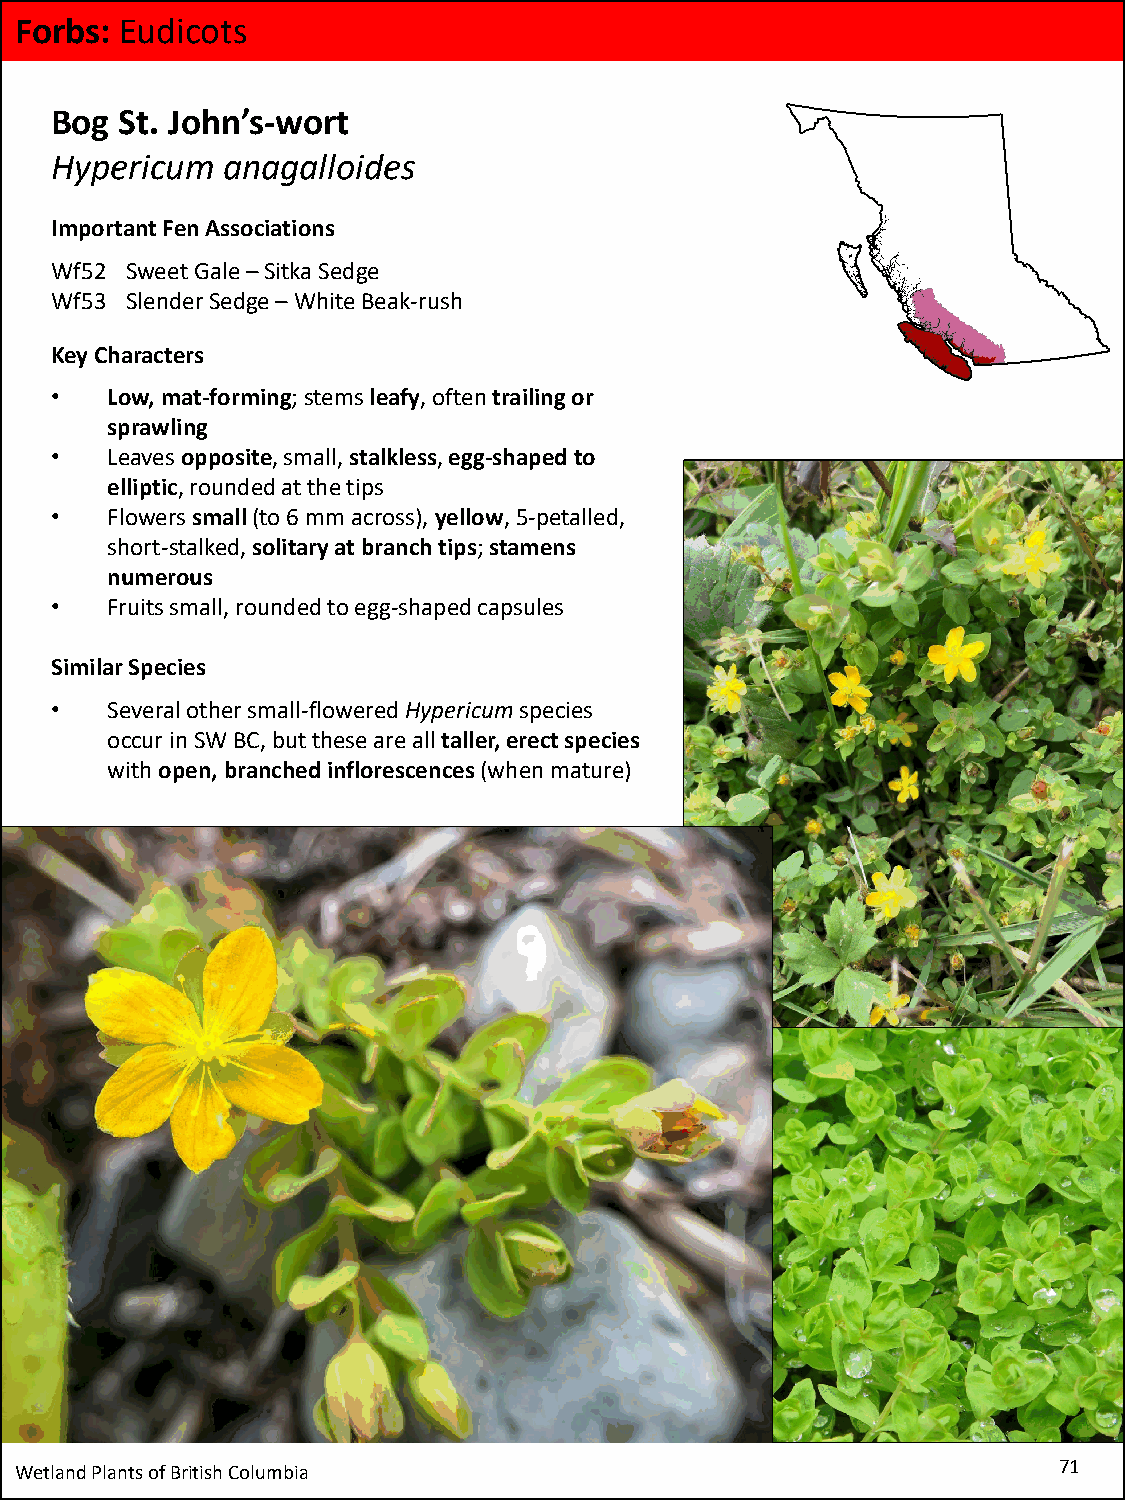
Forbs: Eudicots
 Bog  St. John’s-wort
 Hypericum   anagalloides
 Important Fen Associations
 Wf52 Sweet Gale –Sitka Sedge
 Wf53 Slender Sedge –White Beak-rush
 Key Characters
 •   Low, mat-forming;stems leafy, often trailing or
 sprawling
 •   Leaves opposite, small, stalkless, egg-shaped to
 elliptic, rounded at the tips
 •   Flowers small(to 6 mm across), yellow, 5-petalled,
 short-stalked, solitary at branch tips; stamens
 numerous
 •   Fruits small, rounded to egg-shaped capsules
 Similar Species
 •   Several other small-flowered Hypericumspecies
 occur in SW BC, but these are all taller, erect species
 with open, branched inflorescences (when mature)
 Wetland Plants of British Columbia                                   71